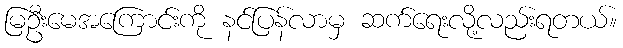
မြဦးမေအကြောင်းကို နင်ပြန်လာမှ ဆက်ရေးလို့လည်းရတယ်။